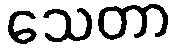
သေတာ